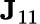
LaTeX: {\mathbf J}_{11}